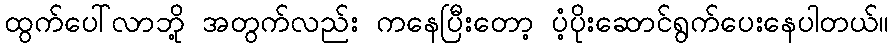
ထွက်ပေါ်လာဘို့ အတွက်လည်း ကနေပြီးတော့ ပံ့ပိုးဆောင်ရွက်ပေးနေပါတယ်။